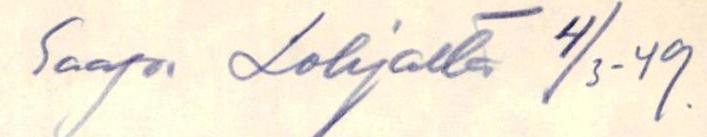
Saap.Lohjalta 4/3-49.